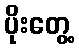
ပိုးတွေ့